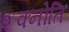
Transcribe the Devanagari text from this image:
शक्नोति